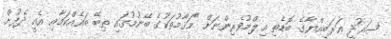
ސަޢުދީ ޢަރަބިއްޔާގެ ބޮޑެތި ޢިލްމުވެރިންނަށް "މަޤާމުތަކުގެ ބޭނުމުގައި ތިބޭ ބައެއްކަމާއި އެއީ ދެފުށް